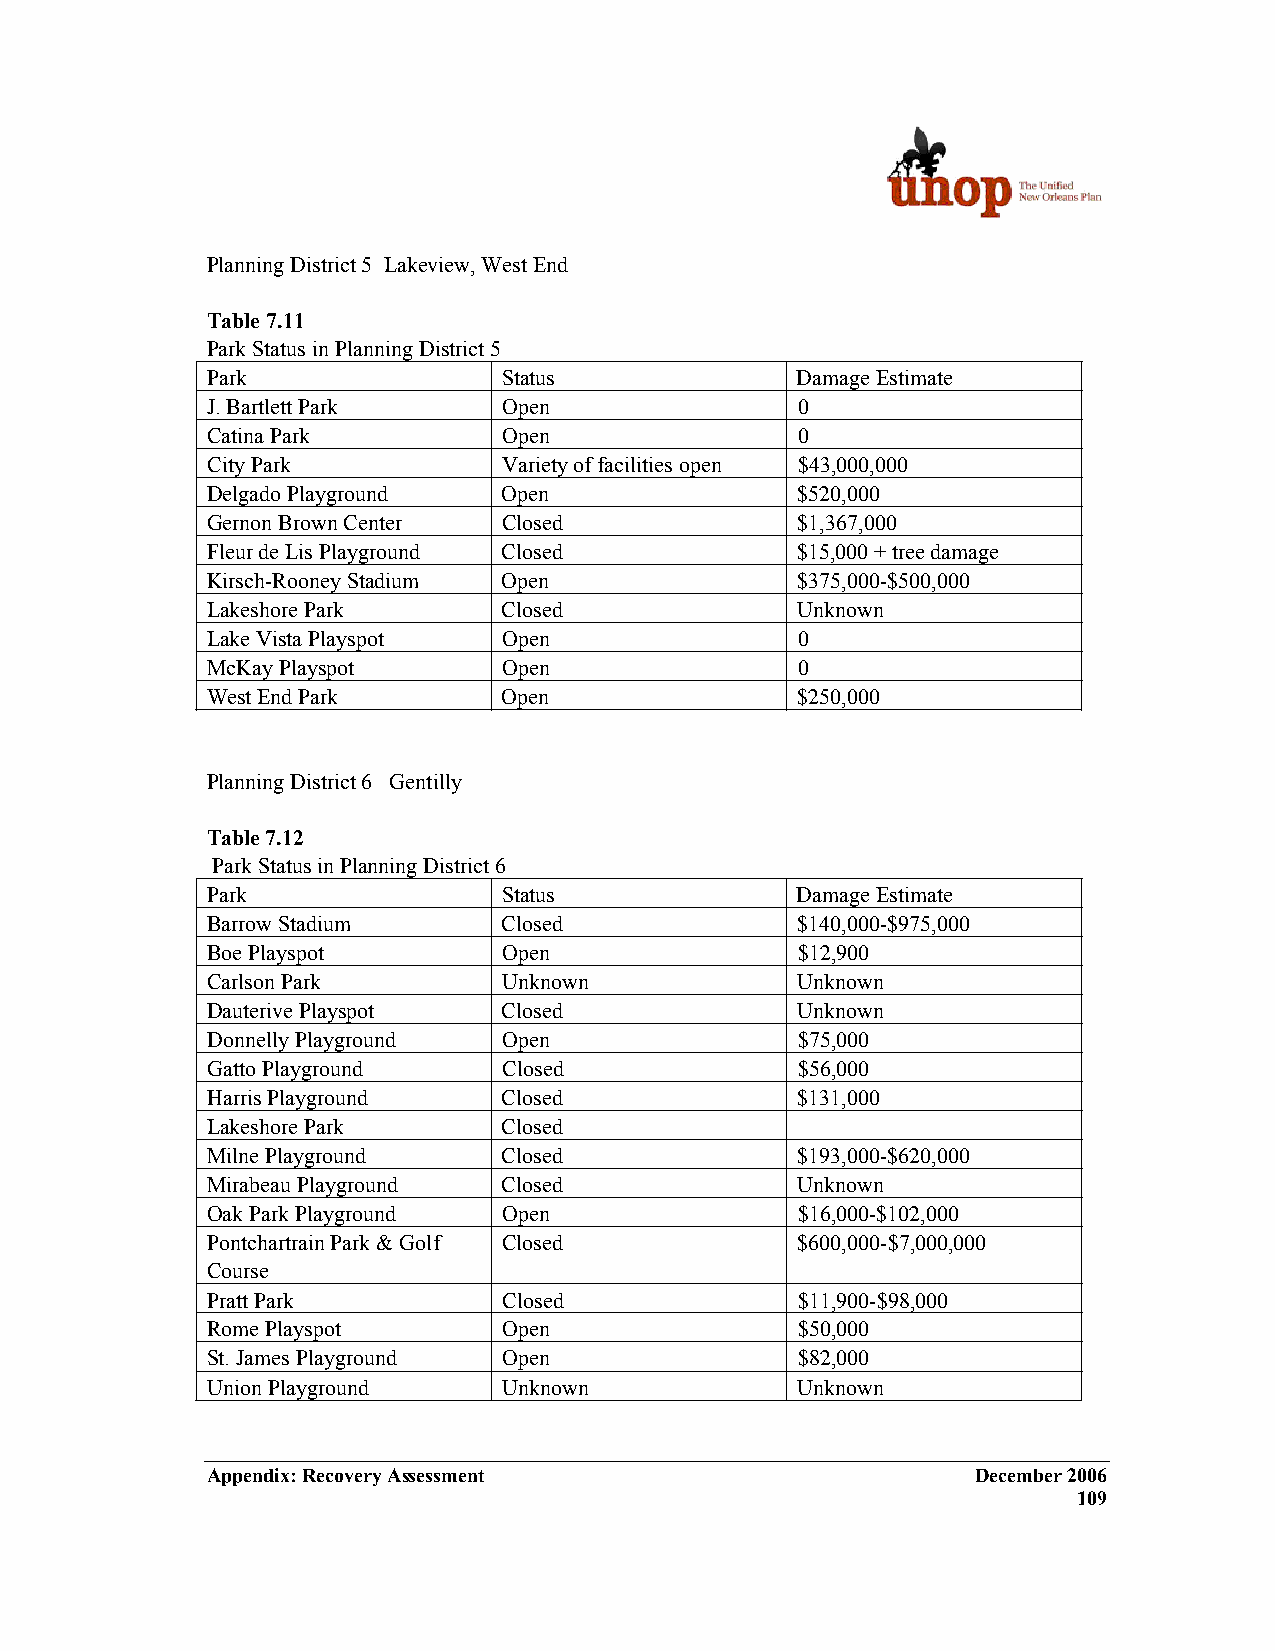
Planning District 5 Lakeview, West End
 Table 7.11
 Park Status in Planning District 5
 Park               Status              Damage Estimate
 J. Bartlett Park   Open                0
 Catina Park        Open                0
 City Park          Variety of facilities open $43,000,000
 Delgado Playground Open                $520,000
 Gernon Brown Center Closed             $1,367,000
 Fleur de Lis Playground Closed         $15,000 + tree damage
 Kirsch-Rooney Stadium Open             $375,000-$500,000
 Lakeshore Park     Closed              Unknown
 Lake Vista Playspot Open               0
 McKay Playspot     Open                0
 West End Park      Open                $250,000
 Planning District 6 Gentilly
 Table 7.12
 Park Status in Planning District 6
 Park               Status              Damage Estimate
 Barrow Stadium     Closed              $140,000-$975,000
 Boe Playspot       Open                $12,900
 Carlson Park       Unknown             Unknown
 Dauterive Playspot Closed              Unknown
 Donnelly Playground Open               $75,000
 Gatto Playground   Closed              $56,000
 Harris Playground  Closed              $131,000
 Lakeshore Park     Closed
 Milne Playground   Closed              $193,000-$620,000
 Mirabeau Playground Closed             Unknown
 Oak Park Playground Open               $16,000-$102,000
 Pontchartrain Park & Golf Closed       $600,000-$7,000,000
 Course
 Pratt Park         Closed              $11,900-$98,000
 Rome Playspot      Open                $50,000
 St. James Playground Open              $82,000
 Union Playground   Unknown             Unknown
 Appendix: Recovery Assessment                      December 2006
 109